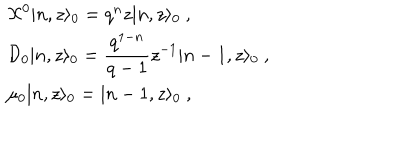
\begin{array} { l } { { { \cal X } ^ { 0 } \vert n , z \rangle _ { 0 } = q ^ { n } z \vert n , z \rangle _ { 0 } ~ , } } \\ { { { \cal D } _ { 0 } \vert n , z \rangle _ { 0 } = \displaystyle \frac { q ^ { 1 - n } } { q - 1 } z ^ { - 1 } \vert n - 1 , z \rangle _ { 0 } ~ , } } \\ { { \mu _ { 0 } \vert n , z \rangle _ { 0 } = \vert n - 1 , z \rangle _ { 0 } ~ , } } \\ \end{array}